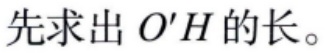
先求出 \(O'H\) 的长。